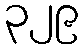
၃၂၉